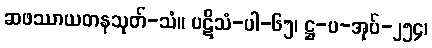
ဆဖဿာယတနသုတ်-သံ။ ပဋိသံ-ပါ-၆၅၊ ဋ္ဌ-ပ-အုပ်-၂၅၄၊